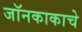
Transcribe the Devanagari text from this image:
जॉनकाकाचे